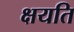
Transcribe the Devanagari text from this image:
क्षयति